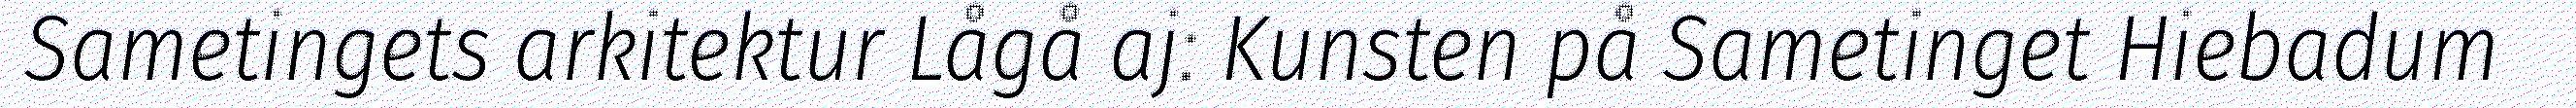
Sametingets arkitektur Lågå aj: Kunsten på Sametinget Hiebadum